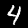
Label: 4